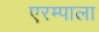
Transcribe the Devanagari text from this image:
एरम्पाला